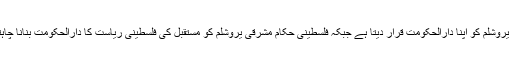
اسرائیل یروشلم کو اپنا دارالحکومت قرار دیتا ہے جبکہ فلسطینی حکام مشرقی یروشلم کو مستقبل کی فلسطینی ریاست کا دارالحکومت بنانا چاہتے ہیں۔